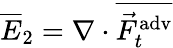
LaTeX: \overline{{E}}_{2}=\nabla\cdot\overline{{\vec{F}_{t}^{\mathrm{adv}}}}